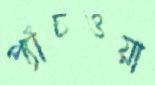
প্যাঁচওয়া